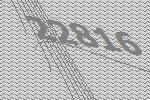
22816